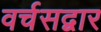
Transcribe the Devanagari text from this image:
वर्चसद्वार